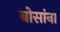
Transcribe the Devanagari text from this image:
बोसांना